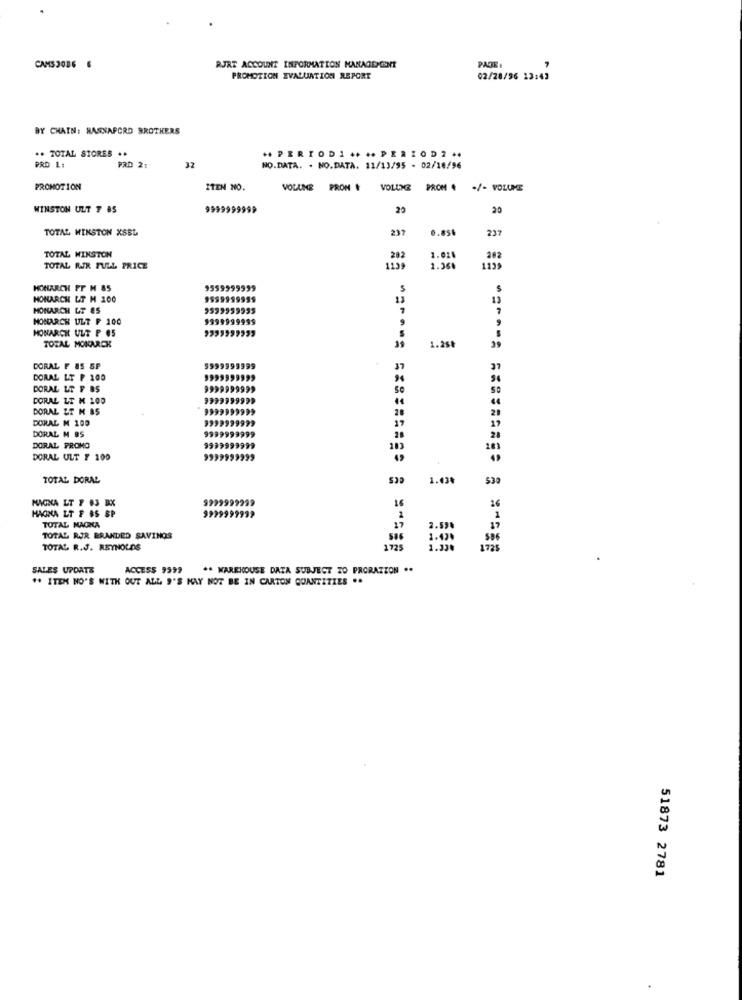
PACTE
CAMS 2086 6
RJRT ACCOUNT INFORMATION MANAGEMENT
PROMOTION EVALUATION REPORT
02/28/96 13:43
BY CHAIN: RASNAPORD BROTHERS
.. TOTAL STORES ..
++ PERIODI .. .. PERIOD2 ..
PRO L:
PRD 21
32
NO.DATA. . NO.DATA. 11/13/95 - 02/10/96
PROMOTION
ITEN NO.
VOLUME
PROM
VOLLNG
PROM 4 +/- VOLUME
WINSTON ULT 7 85
9999999999
22
20
TOTAL WINSTON XSBL
237
0.856
237
TOTAL WINSTON
202
1.02.
TOTAL RUR FULL PRICE
1.26
1139
HOHARCH FF M 85
9559999999
S
HONARCH LT M 100
9599999999
13
MONARCH LT 85
9539959995
7
MONARCH ULT F 100
9999999999
9
MONARCH ULT P 05
TOTAL MOKARCK
1.25₺
39
DORAL F AS SP
99999995
37
DORAL LT F 100
DORAL LT F BS
999
DORAL LT M 100
999999999
DORAL LT M BS
999999999
28
29
DORAL M 100
999999
17
17
DORAL M BS
28
28
DORAL PROMO
999999
103
DORAL ULT F 100
9999999999
TOTAL DORAL
1.43%
539
MAGNA LT 7 83 RX
9999999999
16
MAGNA LT F BS SP
9999999999
2
TOTAL MACKA
17
2.59.
17
TOTAL RJR BRANDED SAVINGS
1.42.
TOTAL R.J. REYNOLDS
1725
1725
SALES UPDATE
ACCESS 9999
** WAREHOUSE DATA SUBJECT TO PRORATION ..
" ITEM NO'S WITH OUT ALL "'S MAY NOT BE IN CARTON QUANTITIES ..
51873 2781